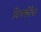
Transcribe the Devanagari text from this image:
विभक्तींचा